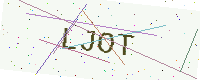
Text: LJOT